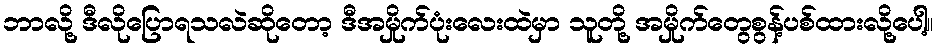
ဘာလို့ ဒီလိုပြောရသလဲဆိုတော့ ဒီအမှိုက်ပုံးလေးထဲမှာ သူတို့ အမှိုက်တွေစွန့်ပစ်ထားလို့ပေါ့။